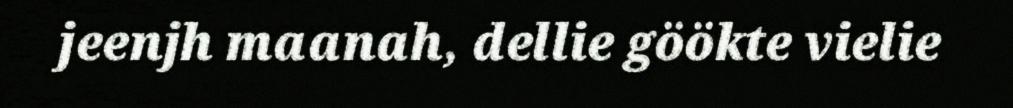
jeenjh maanah, dellie göökte vielie